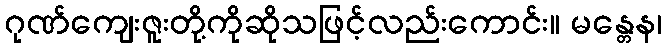
ဂုဏ်ကျေးဇူးတို့ကိုဆိုသဖြင့်လည်းကောင်း။ မန္တေန၊